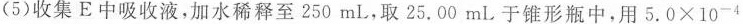
(5)收集E中吸收液，加水稀释至250mL，取25.00mL于锥形瓶中，用$$5 . 0 \times 1 0 ^ { - 4 }